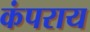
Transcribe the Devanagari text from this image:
कंपराय